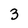
Character: 3